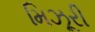
મિઝૂરી